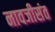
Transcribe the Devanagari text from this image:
नावजीसंत